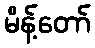
မိန့်တော်